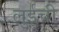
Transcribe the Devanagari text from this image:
लुईची